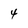
Character: 4